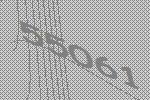
55061